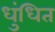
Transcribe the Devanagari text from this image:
धुंधित